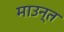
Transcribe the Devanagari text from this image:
माउन्त